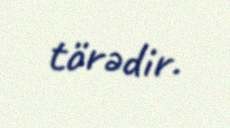
törədir.